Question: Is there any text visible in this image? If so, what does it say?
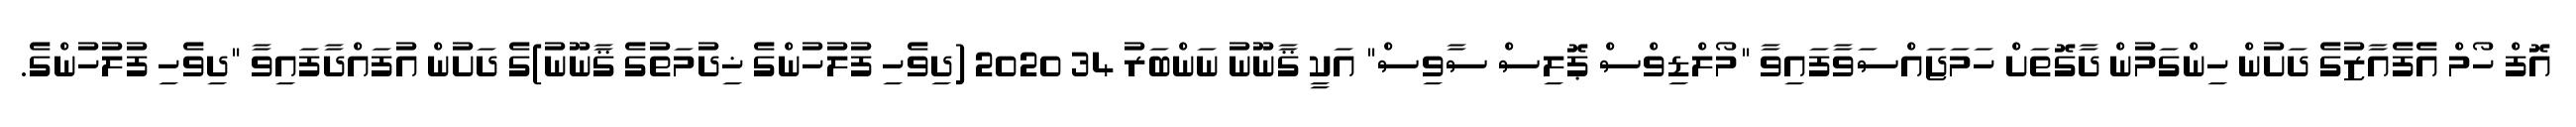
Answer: އޮފް ހޯމް އެފެއާޒުގެ ދަށުން ހިންގަމުން ދާގޮތަށް ހަމަޖައްސަވާފައިވާ "މޯލްޑިވްސް ޕޮލިސް ސާވިސް" އަކީ ޤާނޫނު ނަންބަރު 34 2020 (ދިވެހި ފުލުހުންގެ ޚިދުމަތުގެ ޤާނޫނު)ގެ ދަށުން އުފައްދާފައިވާ "ދިވެހި ފުލުހުންގެ.